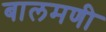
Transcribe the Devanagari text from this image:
बालमणी